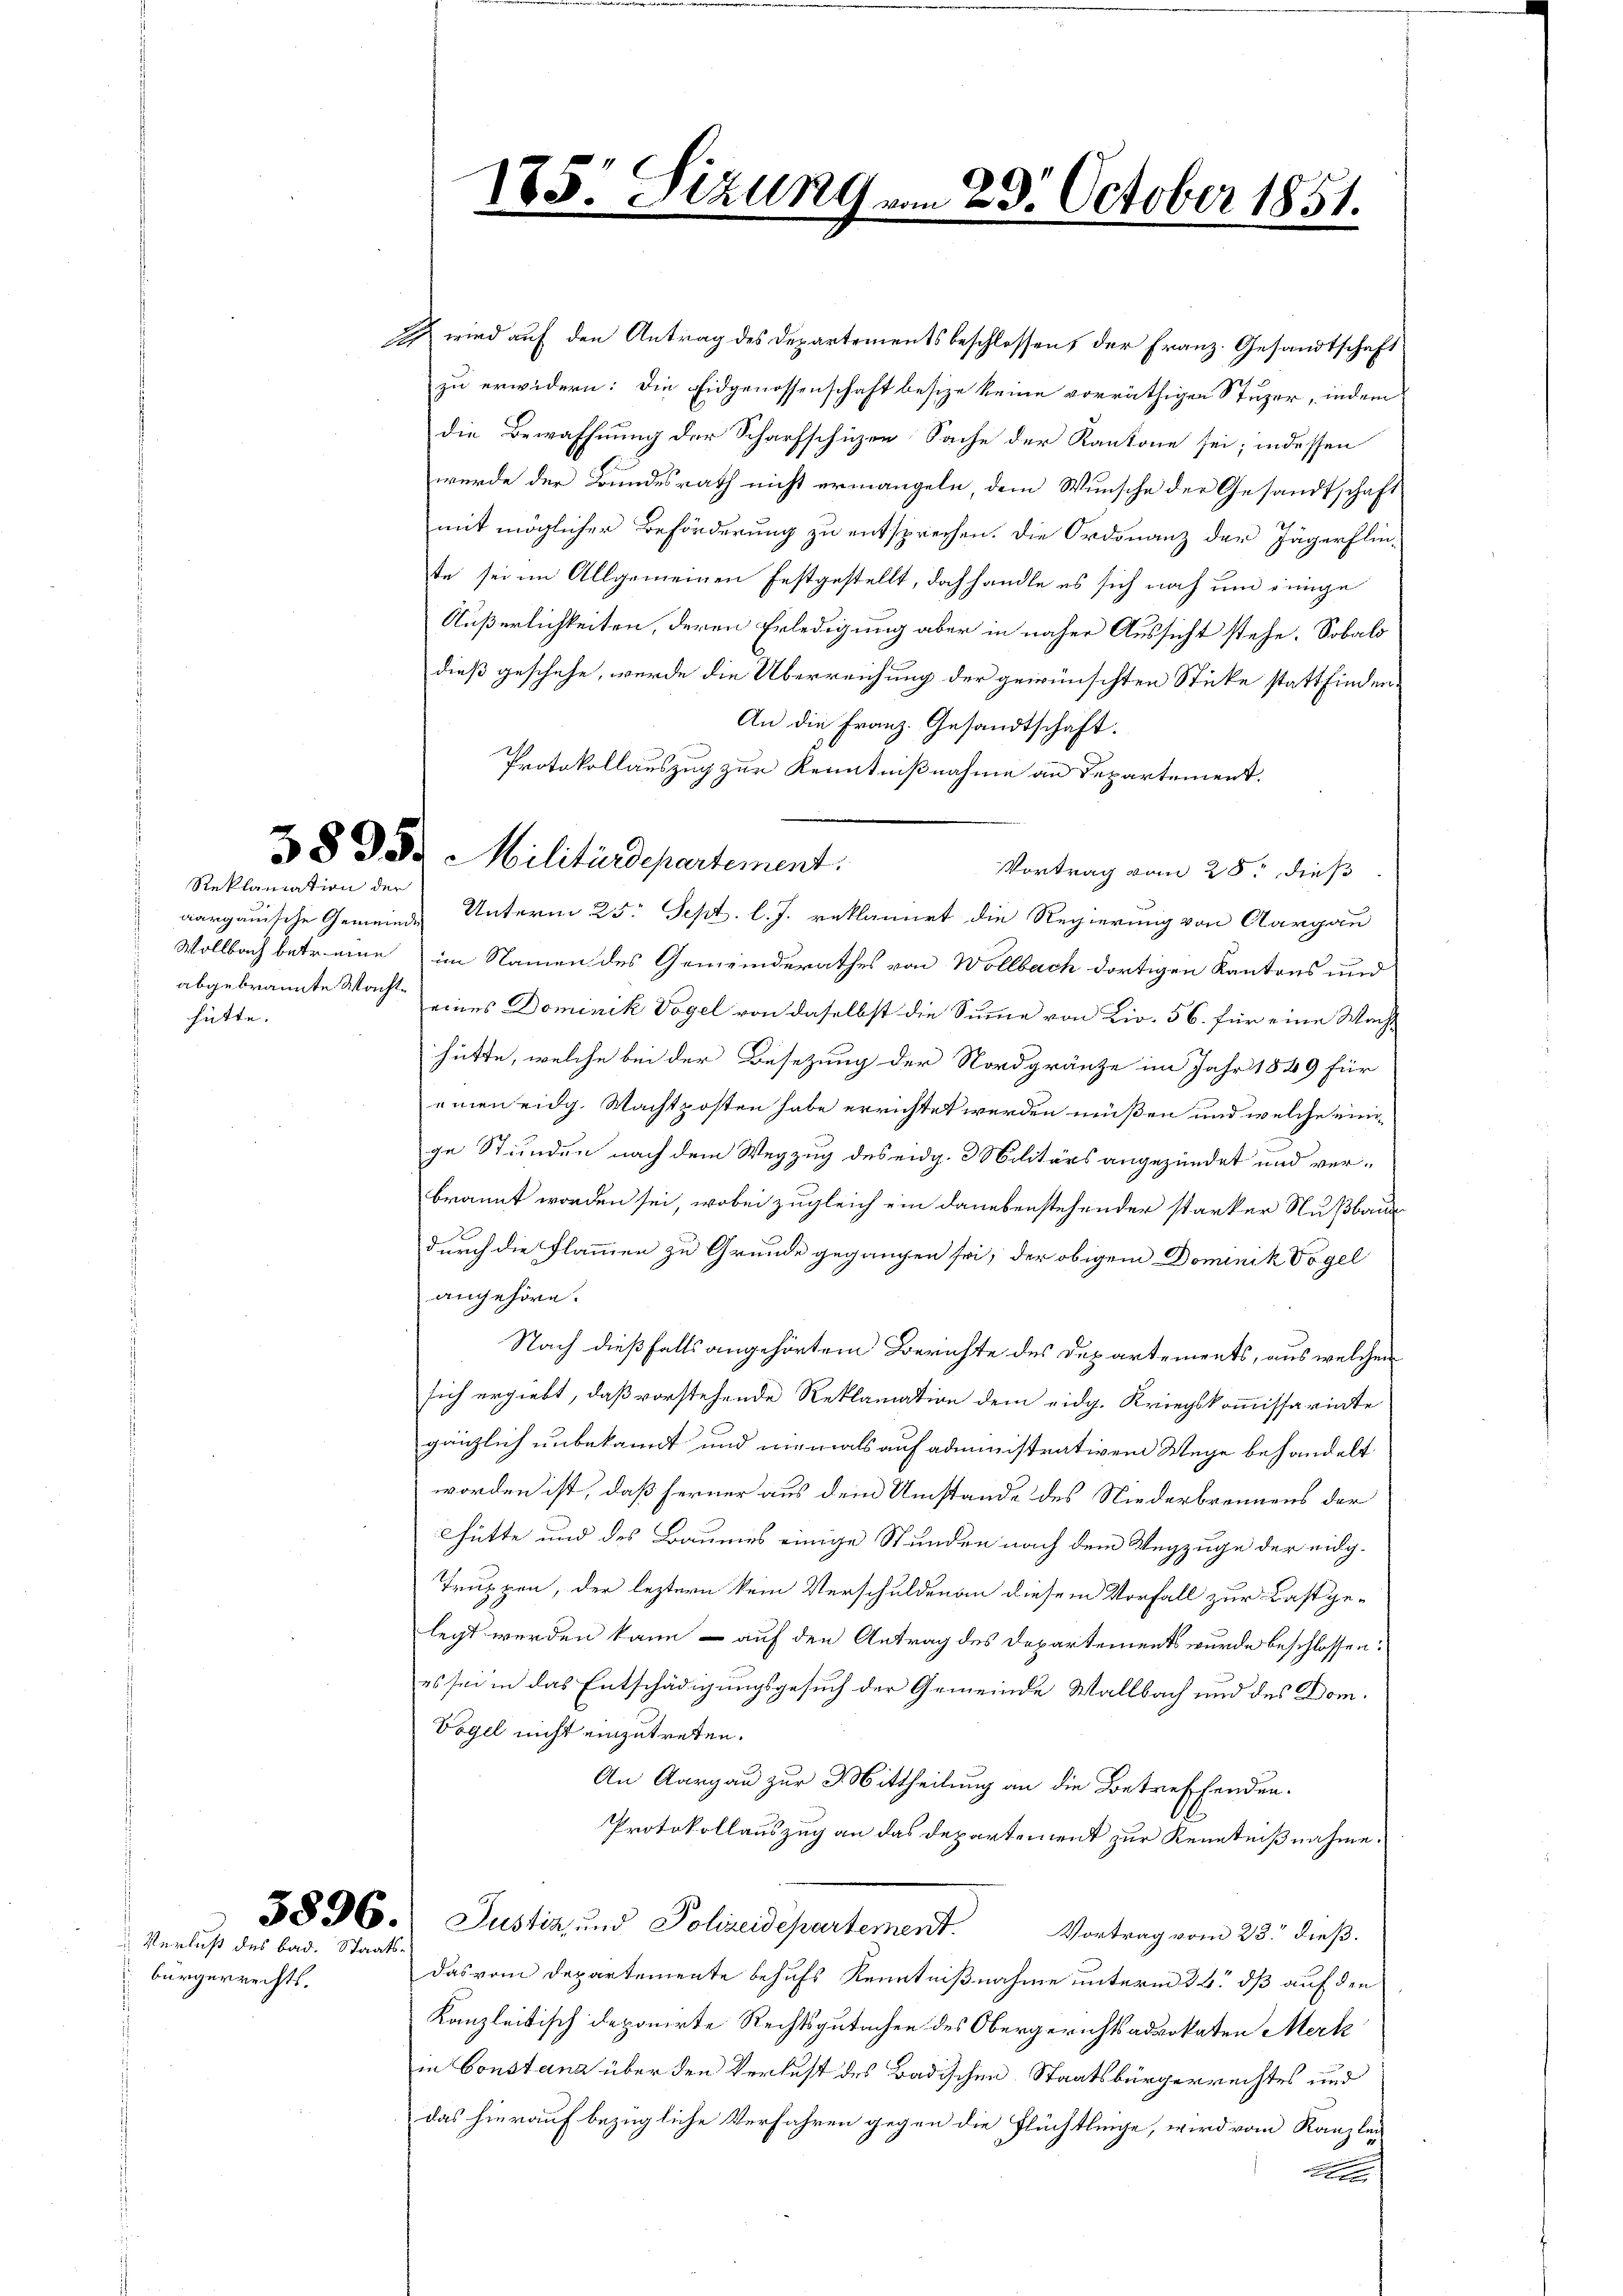
hütte. |

bürgerrechts.

Reklamation der

e

I wird auf den Antrag des Departementsbeschlossens der Franz. Gesandtschaft
zu erwidern: die Eidgenossenschaft besize keine vorräthigen Stuzer, indem
die Bewaffnung der Scharfschützen Sache der Kantone sei; indessen
wurde der Bundesrath nicht ermangeln, dem Wunsche der Gesandtschaft
mit möglicher Beförderung zu entsprechen. Die Ordonanz der Jägerflinte sei im Allgemeinen festgestellt, dachhandle es sich noch und einige
Äußerlichkeiten, deren Erledigung aber in näher Aussicht stehe. Sobald
dieß geschehe, wurde die Überreichung der gewünschten Sticke stattfinden¬
An die Franz. Gesandtschaft.
Protokollauszug zur Kenntnißnahme an Departement.
Vortrag vom 25t dieß
aargauische Gemeinde Unterm 25. Sept. l. J. reklamirt die Regierung von Aargau
Wollbach betr. eine im Namen des Gemeinderathes von Wollbach dortigen Kantons und
abgebrannte Wachte eines Dominik Vogel von daselbst die Summe von Liv. 56. für eine Wacht
hütte, welche bei der Besetzung der Nordgränze im Jahr 1849 für
einen eidg. Wachtposten habe errichtet werden müßen und welche einige Stunden nach dem Wegzug des eidg. 3 Militärs angezündet und ver-
brannt worden sei, wobei zugleich ein danebenstehender starker Nußbaue
x
durch die Flammen zu Grunde gegangen sei, der obigem Dominik Vogel
angehöre.
Nach dießfalls angehörtem Berichte des Departements, aus welchen
sich ergiebt, daß vorstehende Reklamation dem eidg. Kriegskommissariate
gänzlich unbekannt und niemals auf administrativen Wege behandelt
worden ist, daß ferner aus dem Umstände des Niederbrennens der
hütte und des Baumes einige Stunden nach dem Wegzuge der eidg.
Truppen, der leztern kein Verschulden an diesem Vorfall zur Last gelegt werden kann – auf den Antrag des Departement wurde beschlossen:
es sei in das Entschädigungsgesuch der Gemeinde Wallbach und des Dom¬
Vogel nicht einzutreten.
An Aargau zur 3 Mittheilung an die Betreffenden.
Protokollauszug an das Departement zur Kenntnißnahme.
5896. Justiz und Polizeidepartement. Vortrag vom 28. dieß.
das vom Departemente behufs Kenntnißnahme unterm 24. dß auf den
Kanzleitisch deponirte Rechtsgutachen des Obergerichtsadvokaten Merk
in Constand über den Verlust des Badischen Staatsbürgerrechtes und
das hierauf bezügliche Verfahren gegen die Flüchtlinge, wird vom Kanzlei
Alle

185

Z § § 35 Militärdepartement:

Sizung am 23. October 1851.
e
.